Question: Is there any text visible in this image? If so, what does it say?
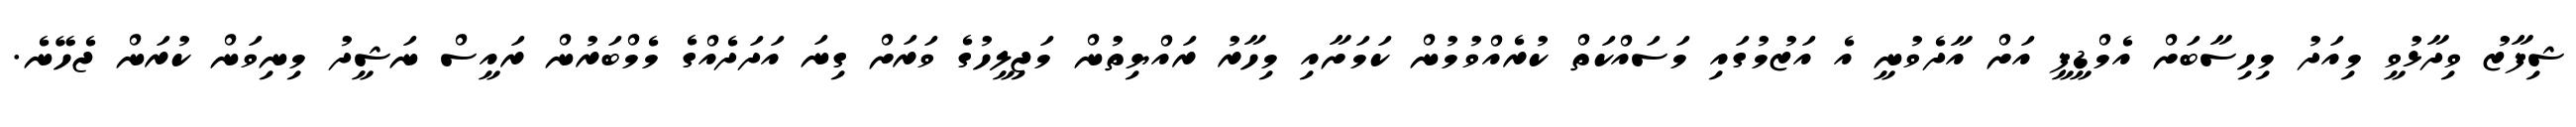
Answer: ޝިފާޒު ވިދާޅުވީ މިއަދު މިހިސާބަށް އެމްޑީޕީ އަށް އާދެވުނީ އެ އަޒުމުގައި މަސައްކަތް ކުރެއްވުމުން ކަމަށާއި މިހާރު ރައްޔިތުން މަޖިލީހުގެ ވަރަށް ގިނަ އަދަދެއްގެ މެމްބަރުން ރައީސް ނަޝީދު މިނިވަން ކުރަން ޖެހޭނެ.